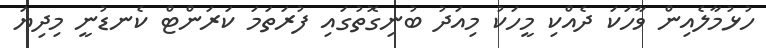
ހުޅުމާލެއިން ވާހަކަ ދެއްކި މީހަކު މިއަދު ބުނިގޮތުގައި ފުރަތަމަ ކަރަންޓް ކެނޑުނީ މިދިޔަ